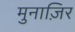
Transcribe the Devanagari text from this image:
मुनाज़िर